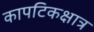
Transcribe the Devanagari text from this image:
कापटिकक्षात्र